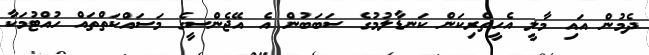
ދެމުން އައި މާލީ އެހީތެރިކަން ކަނޑާލުމުގެ ސަބަބުން އެ އޭޖެންސީގެ މަސައްކަތްތައް ހުއްޓުމަކާ